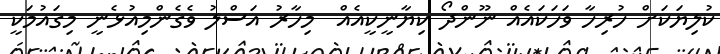
ކުލިޔަކަށް ހުރިހާ ވަހަކައެއް ނޫންދޯ ކިޔާނީކީއެއް  މިހާރު އަސްލު ވެގެންމިއުޅެނީ މިގައުމަކީ